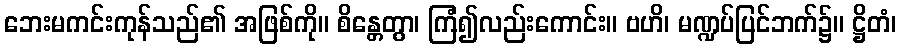
ဘေးမကင်းကုန်သည်၏ အဖြစ်ကို။ စိန္တေတွာ၊ ကြံ၍လည်းကောင်း။ ဗဟိ၊ မဏ္ဍပ်ပြင်ဘက်၌။ ဋ္ဌိတံ၊